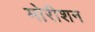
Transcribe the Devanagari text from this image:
मोरीशन